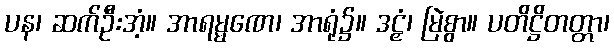
ပန၊ ဆက်ဦးအံ့။ အာရမ္မဏေ၊ အာရုံ၌။ ဒဠှံ၊ မြဲစွာ။ ပတိဋ္ဌိတတ္တာ၊